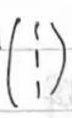
\[\begin{pmatrix}
1\\
1\\
1\\
\end{pmatrix}\]